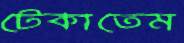
টেকাতেম